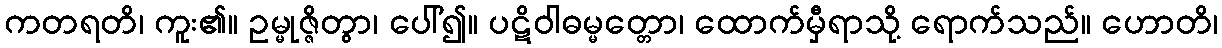
ကတရတိ၊ ကူး၏။ ဥမ္မုဇ္ဇိတွာ၊ ပေါ်၍။ ပဋိဝါဓမ္မတ္တော၊ ထောက်မှီရာသို့ ရောက်သည်။ ဟောတိ၊